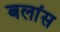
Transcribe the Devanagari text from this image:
बलांस